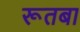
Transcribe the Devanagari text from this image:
रूतबा